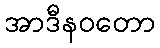
အာဒီနဝတော